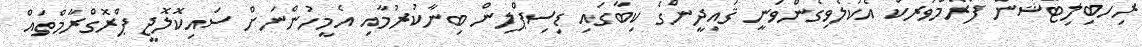
ރިހެބިލިޓޭޝަން ފްރޭމްވަރކް އެކުލެވިގެންވަނީ ޤައިދީންގެ ކިބާގައި ޑިސިޕްލިން ބިނާކުރުމާއި އެމީހުންނަށް ސައިކޮލޮޖީ ޕްރޮގްރާމްތައް